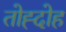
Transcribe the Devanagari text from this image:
तोह्दोह